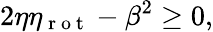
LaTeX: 2\eta\eta_{\mathrm{~r~o~t~}}-\beta^{2}\ge 0,